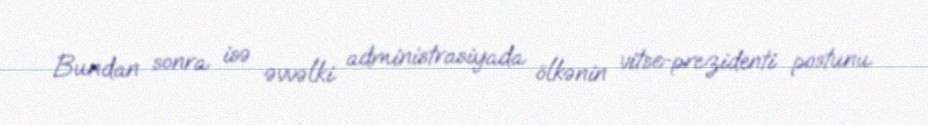
Bundan sonra isə əvvəlki administrasiyada ölkənin vitse-prezidenti postunu